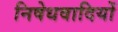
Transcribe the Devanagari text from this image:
निषेधवादियों